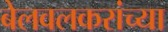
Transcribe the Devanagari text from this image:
बेलवलकरांच्या